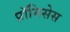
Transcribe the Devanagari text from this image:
प्रॉमिसेस